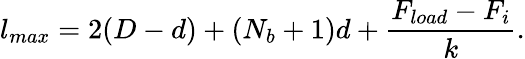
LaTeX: l_{max}=2(D-d)+(N_{b}+1)d+\frac{F_{load}-F_{i}}{k}.